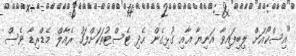
"އިސްކޯއަށް ލިބިފައިވާ އަނިޔާ އާއި ގުޅިގެން ހެދި ޓެސްޓުތަކަށްފަހު ރެއާލް މެޑްރިޑާ ވެސް